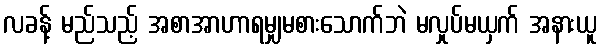
လခန့် မည်သည့် အစာအာဟာရမျှမစားသောက်ဘဲ မလှုပ်မယှက် အနားယူ